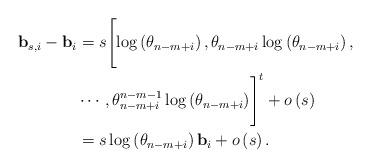
LaTeX: \begin{align*} \mathbf{b}_{s,i}-\mathbf{b}_{i} &=s\Biggl[\log \left(\theta_{n-m+i}\right),\theta_{n-m+i}\log \left(\theta_{n-m+i}\right),\\ & \cdots,\theta_{n-m+i}^{n-m-1} \log \left(\theta_{n-m+i}\right) \Biggr]^t +o\left(s\right) \\ &=s\log\left(\theta_{n-m+i}\right)\mathbf{b}_i+o\left(s\right). \end{align*}